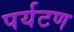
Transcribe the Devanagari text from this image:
पर्यटण